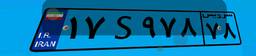
۱۷S۹۷۸۷۸